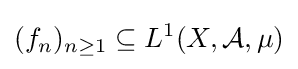
(f_{n})_{n\geq 1}\subseteq L^{1}(X,{\mathcal {A}},\mu )